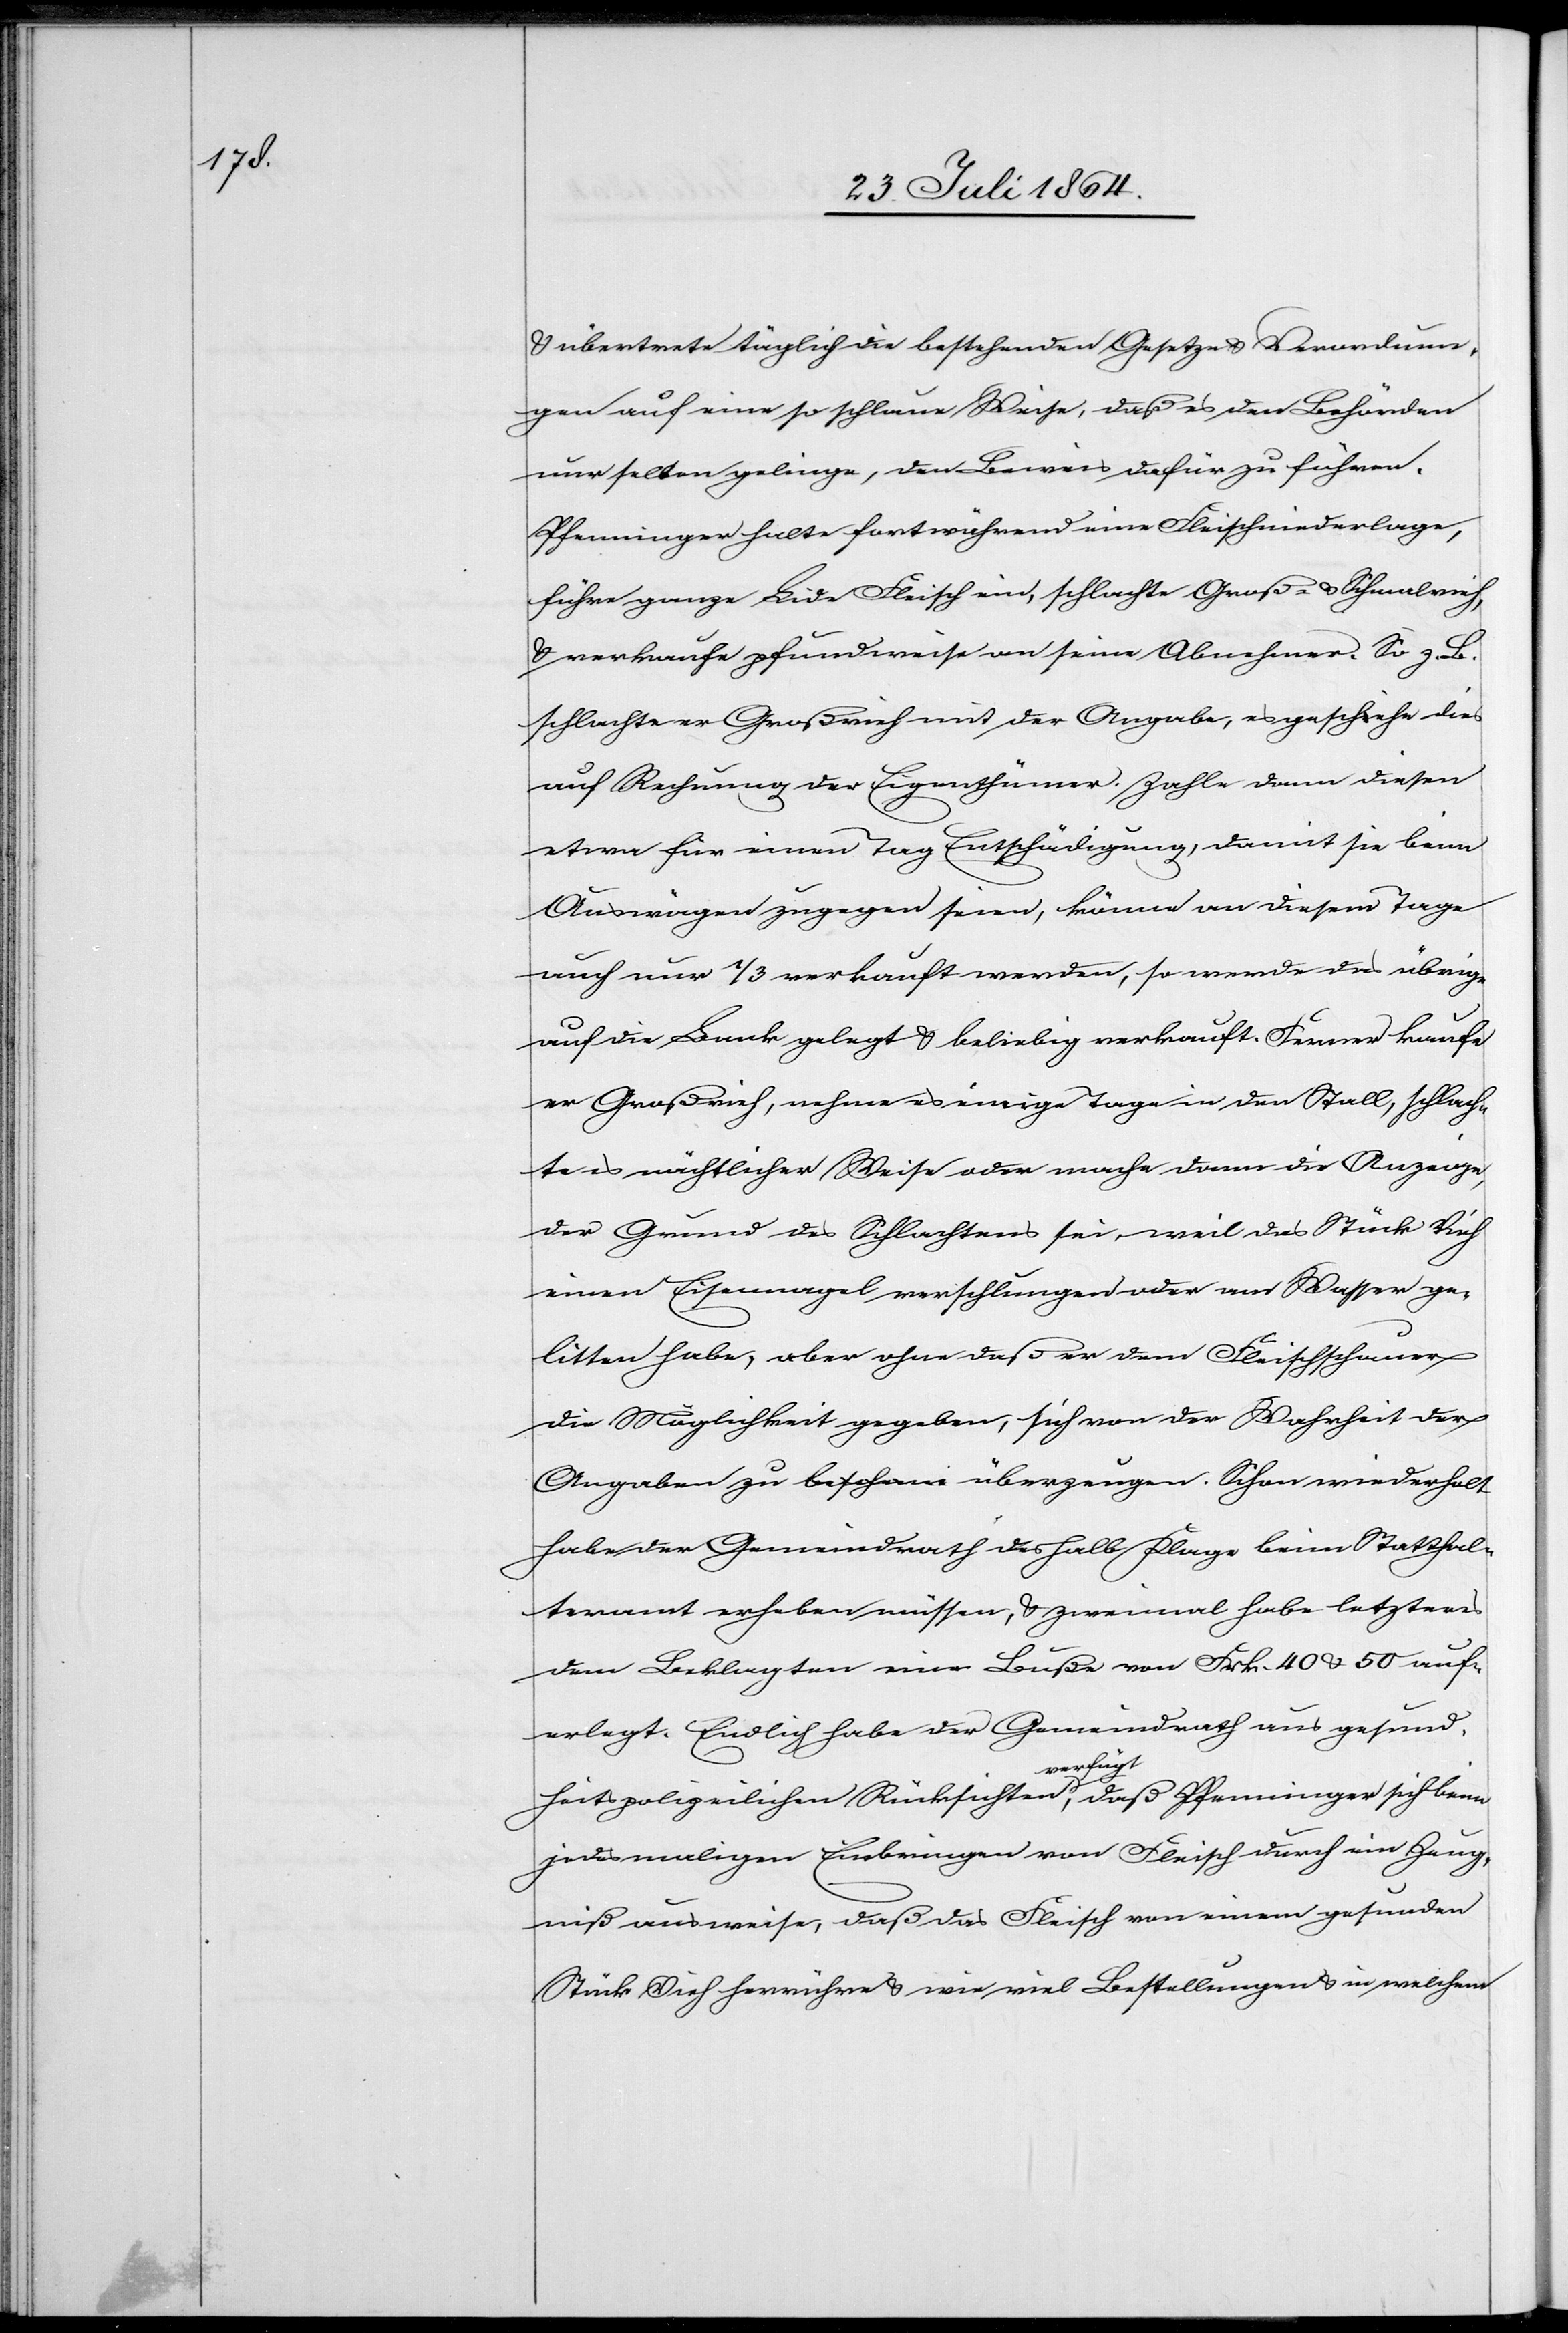
& übertrete täglich die bestehenden Gesetze & Verordnun¬
gen auf eine so schlaue Weise, daß es den Behörden
nur selten gelinge, den Beweis dafür zu führen.
Pfenninger halte fortwährend eine Fleischniederlage,
führe ganze Bi[?n]de Fleisch ein, schlachte Groß- & Schmalvieh
& verkaufe pfundweise an seine Abnehmer. So z. B.
schlachte er Großvieh mit der Angabe, es geschehe dies
auf Rechnung der Eigenthümer. Zahle dann diesen
etwa für einen Tag Entschädigung, damit sie beim
Auswägen zugegen seien, könne an diesem Tage
auch nur 1/3 verkauft werden, so werde das übrige
auf die Bank gelegt & beliebig verkauft. Ferner kaufe
er Großvieh, nehme es einige Tage in den Stall, schlach¬
te es nächtlicher Weise oder mache dann die Anzeige,
der Grund des Schlachtens sei, weil das Stück Vieh
einen Eisennagel verschlungen oder am Wasser ge¬
litten habe, aber ohne daß er dem Fleischschauer
die Möglichkeit gegeben, sich von der Wahrheit der
habe der Gemeindrath deshalb Klage beim Statthal¬
teramt erheben müssen, & zweimal habe letzteres
dem Beklagten eine Buße von Fr. 40 & 50 auf¬
erlegt. Endlich habe der Gemeindrath aus gesund¬
wiederholt
heitspolizeilichen Rücksichten verfügt, daß Pfenninger sich beim
jedesmaligen Einbringen von Fleisch durch ein Zeug¬
niß ausweise, daß das Fleisch von einem gesunden
Stück Vieh herrühre & wie viel Bestellungen & in welchem